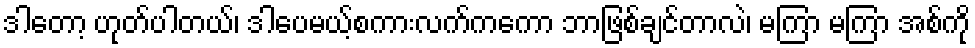
ဒါတော့ ဟုတ်ပါတယ်၊ ဒါပေမယ့်စကားလက်ကကော ဘာဖြစ်ချင်တာလဲ၊ မကြာ မကြာ အစ်ကို